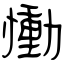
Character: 慟